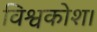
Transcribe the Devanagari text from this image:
विश्वकोश।